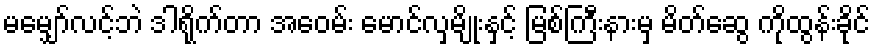
မမျှော်လင့်ဘဲ ဒါရိုက်တာ အေဝမ်း မောင်လှမျိုးနှင့် မြစ်ကြီးနားမှ မိတ်ဆွေ ကိုထွန်းခိုင်